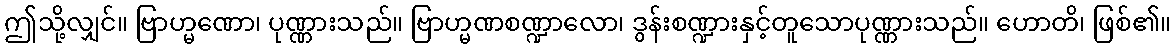
ဤသို့လျှင်။ ဗြာဟ္မဏော၊ ပုဏ္ဏားသည်။ ဗြာဟ္မဏစဏ္ဍာလော၊ ဒွန်းစဏ္ဍားနှင့်တူသောပုဏ္ဏားသည်။ ဟောတိ၊ ဖြစ်၏။